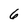
Character: 6